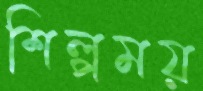
শিল্পময়